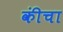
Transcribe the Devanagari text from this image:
कींचा